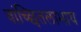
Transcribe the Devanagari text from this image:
वांच्छितलाभाय